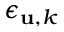
\epsilon _ { { \bf u } , k }